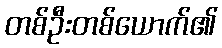
တစ်ဦးတစ်ယောက်၏